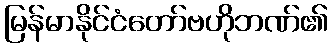
မြန်မာနိုင်ငံတော်ဗဟိုဘဏ်၏